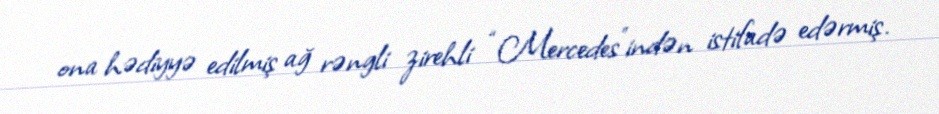
ona hədiyyə edilmiş ağ rəngli zirehli “Mercedes”indən istifadə edərmiş.